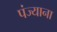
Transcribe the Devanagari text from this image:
पंज्याना